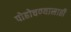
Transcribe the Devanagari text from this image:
पोहोचण्‍यासाठी